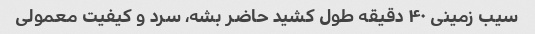
سیب زمینی ۴۰ دقیقه طول کشید حاضر بشه، سرد و کیفیت معمولی